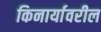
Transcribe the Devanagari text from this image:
किनार्यावरील